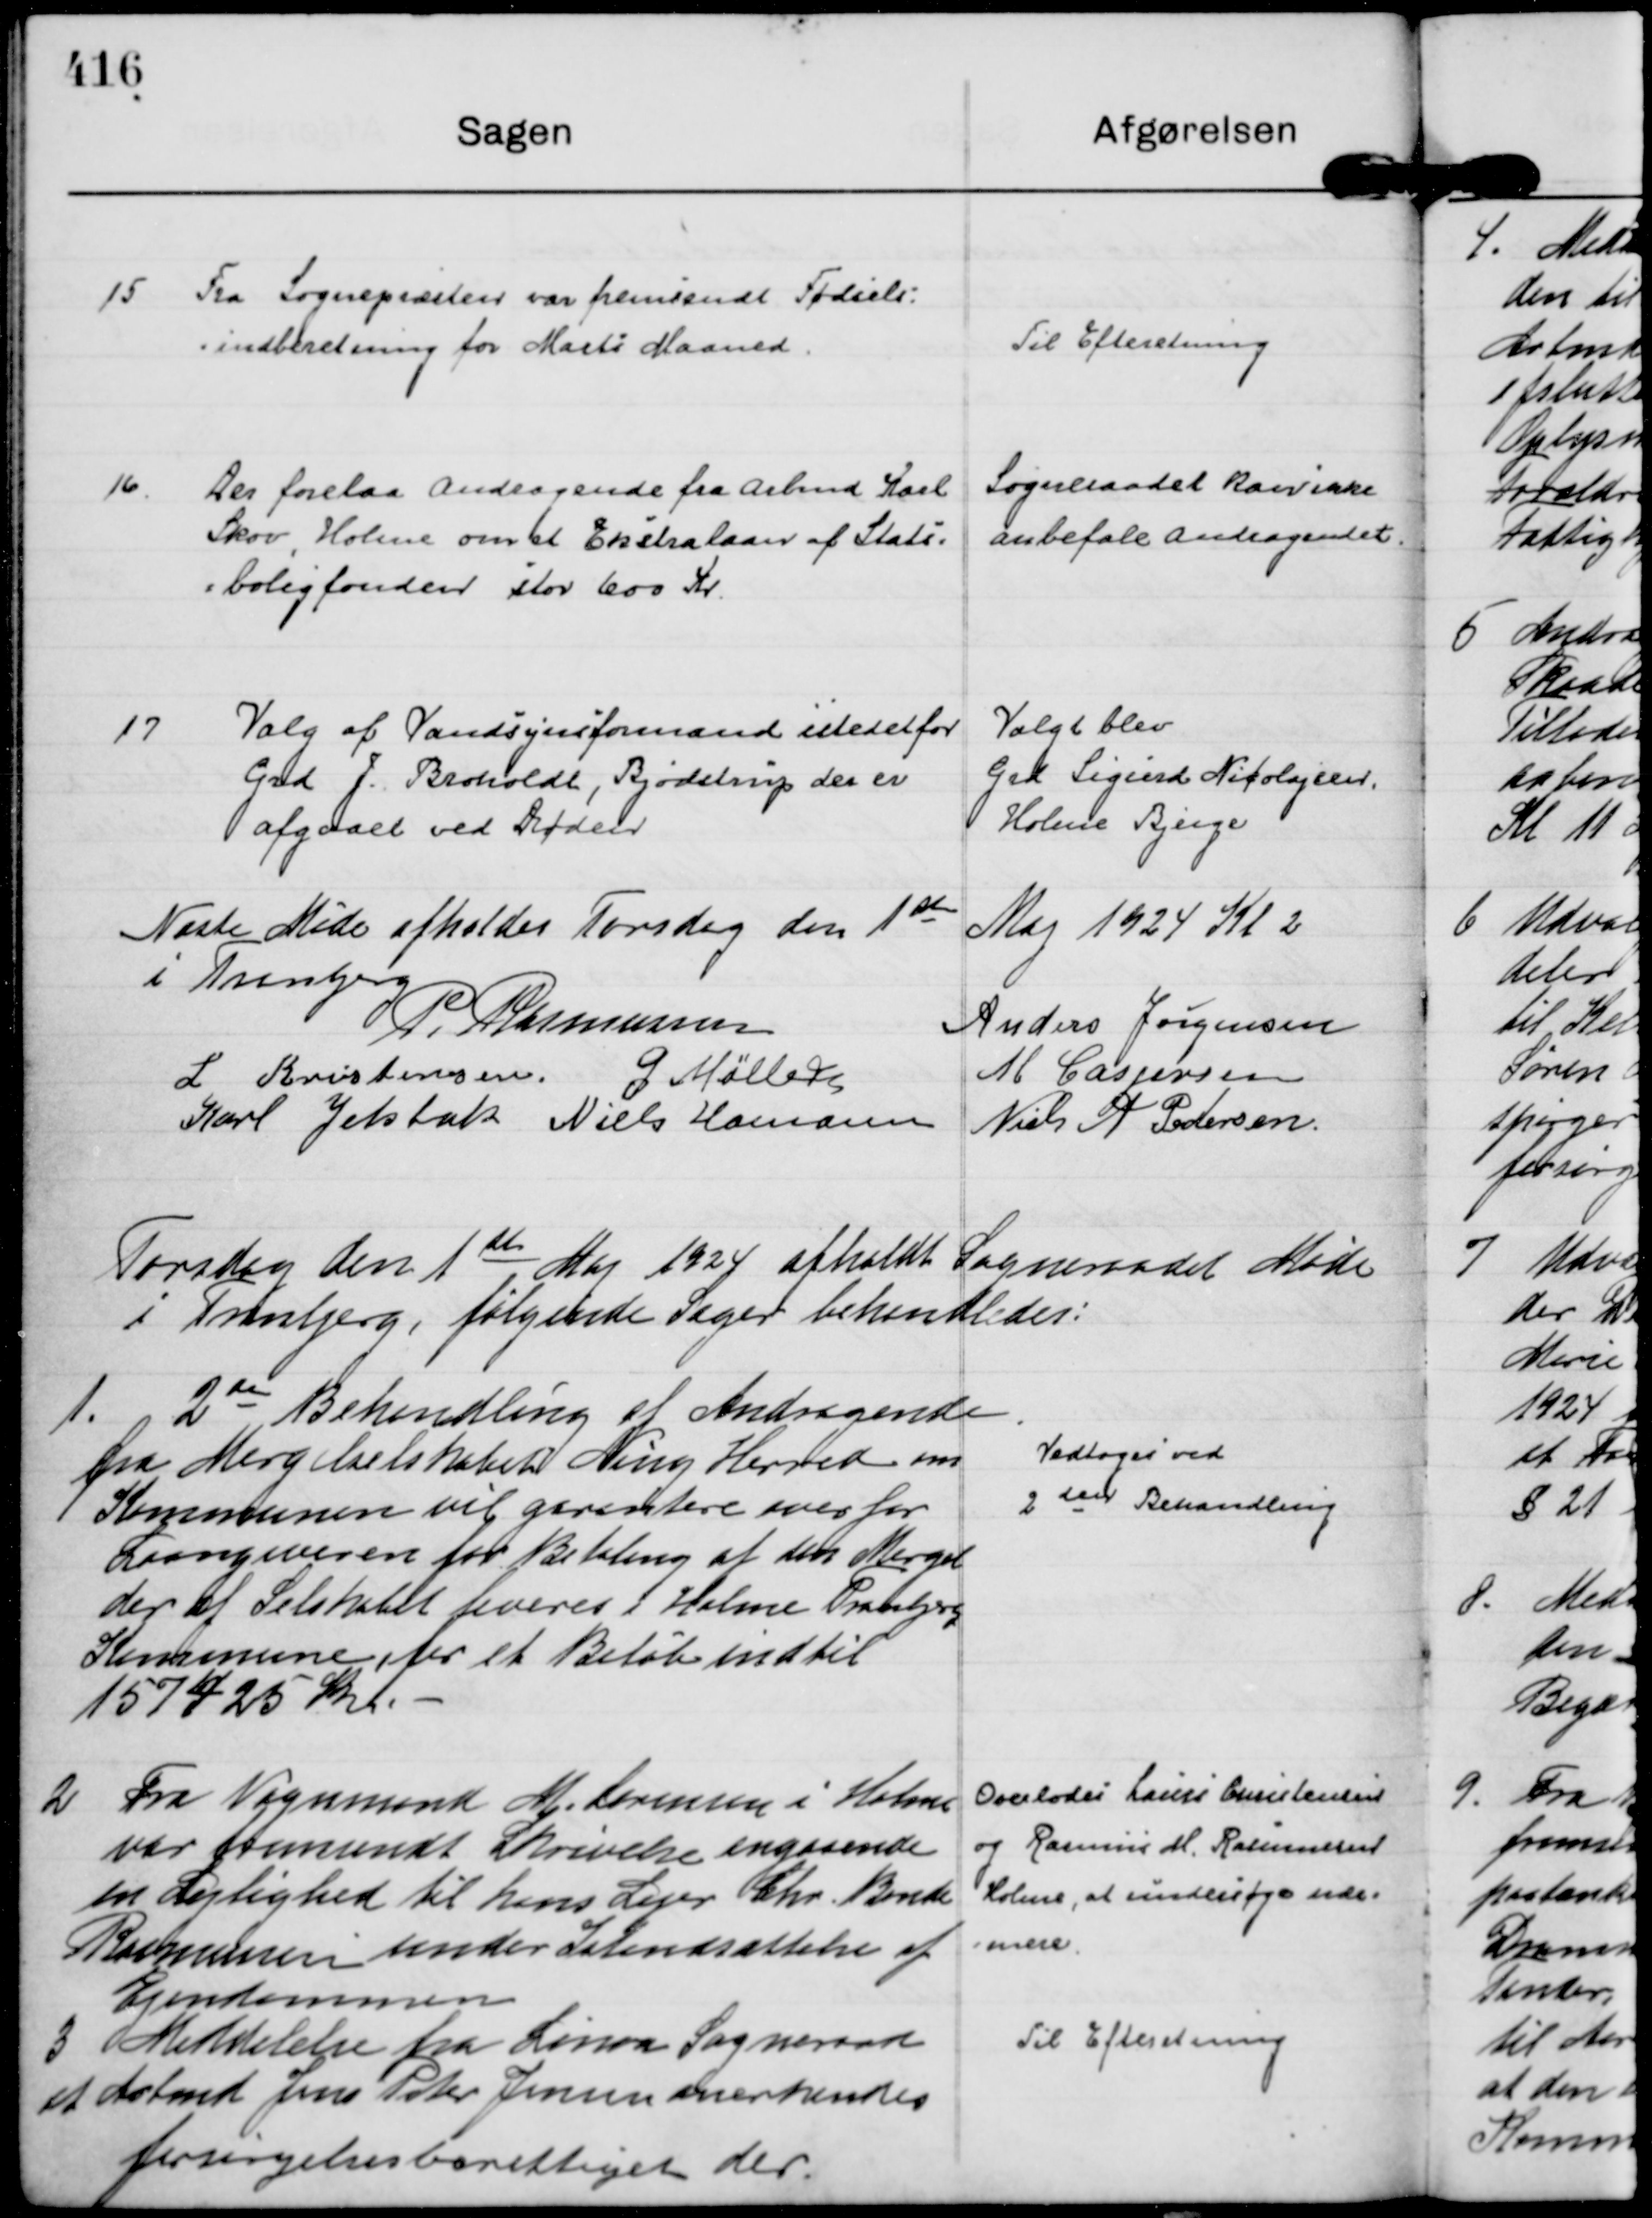
Transskription:
15
Fra Sognepræsten var fremsendt Fødsels=
-indberetning for Marts Maaned.

Til Efteretning

16.
Der forelaa Andragende fra Arbmd Karl
Skov, Holme om et Ekstralaan af Stats=
=boligfonden stor 600 Kr.

Sogneraadet kan ikke
anbefale andragendet.

17
Valg af Vandsynsformand istedetfor 
Grd J. Broholdt, Bjødstrup der er
afgaaet ved Døden

Valgt blev
Grd Sigurd Nicolajsen,
Holme Bjerge

Næste Møde afholdes Forsdag den 1 ste

Maj 1924 Kl 2
i Tranbjerg
P. Rasmussen
Anders Jørgensen
L Kristensen.
G Møller
M Caspersen
Karl Jelsbak
Niels Hamann
Niels A Pedersen.

Torsdag den 1 ste

Maj 1924 afholdt Sogneraadet Møde
i Tranbjerg, følgende Sager behandledes:

1.
2den

Behandling af Andragende
fra Mergelselskabet Ning Herred om
Kommunen vil garantere over for
Laangiveren for Betaling af den Mergel
der af Selskabet leveres i Holme Tranbjerg
Kommune, for et Beløb indtil
157425 Kr. -

Vedtoges ved
2 den Behandling

2
Fra Vognmand M. Sørensen i Holme
var fremsendt Skrivelse angaaende
en Lejlighed til hans Lejer Chr. Bonde
Rasmussen under Istandsættelse af
Ejendommen

Overlodes Laurs Christensen
og Rasmus M. Rasmussen
Holme, at undersøge nær=
=mere.

3
Meddelelse fra Linaa Sogneraad
at Arbmd Jens Peter Jensen anerkendes 
forsørgelsesberettiget der.

Til Efteretning